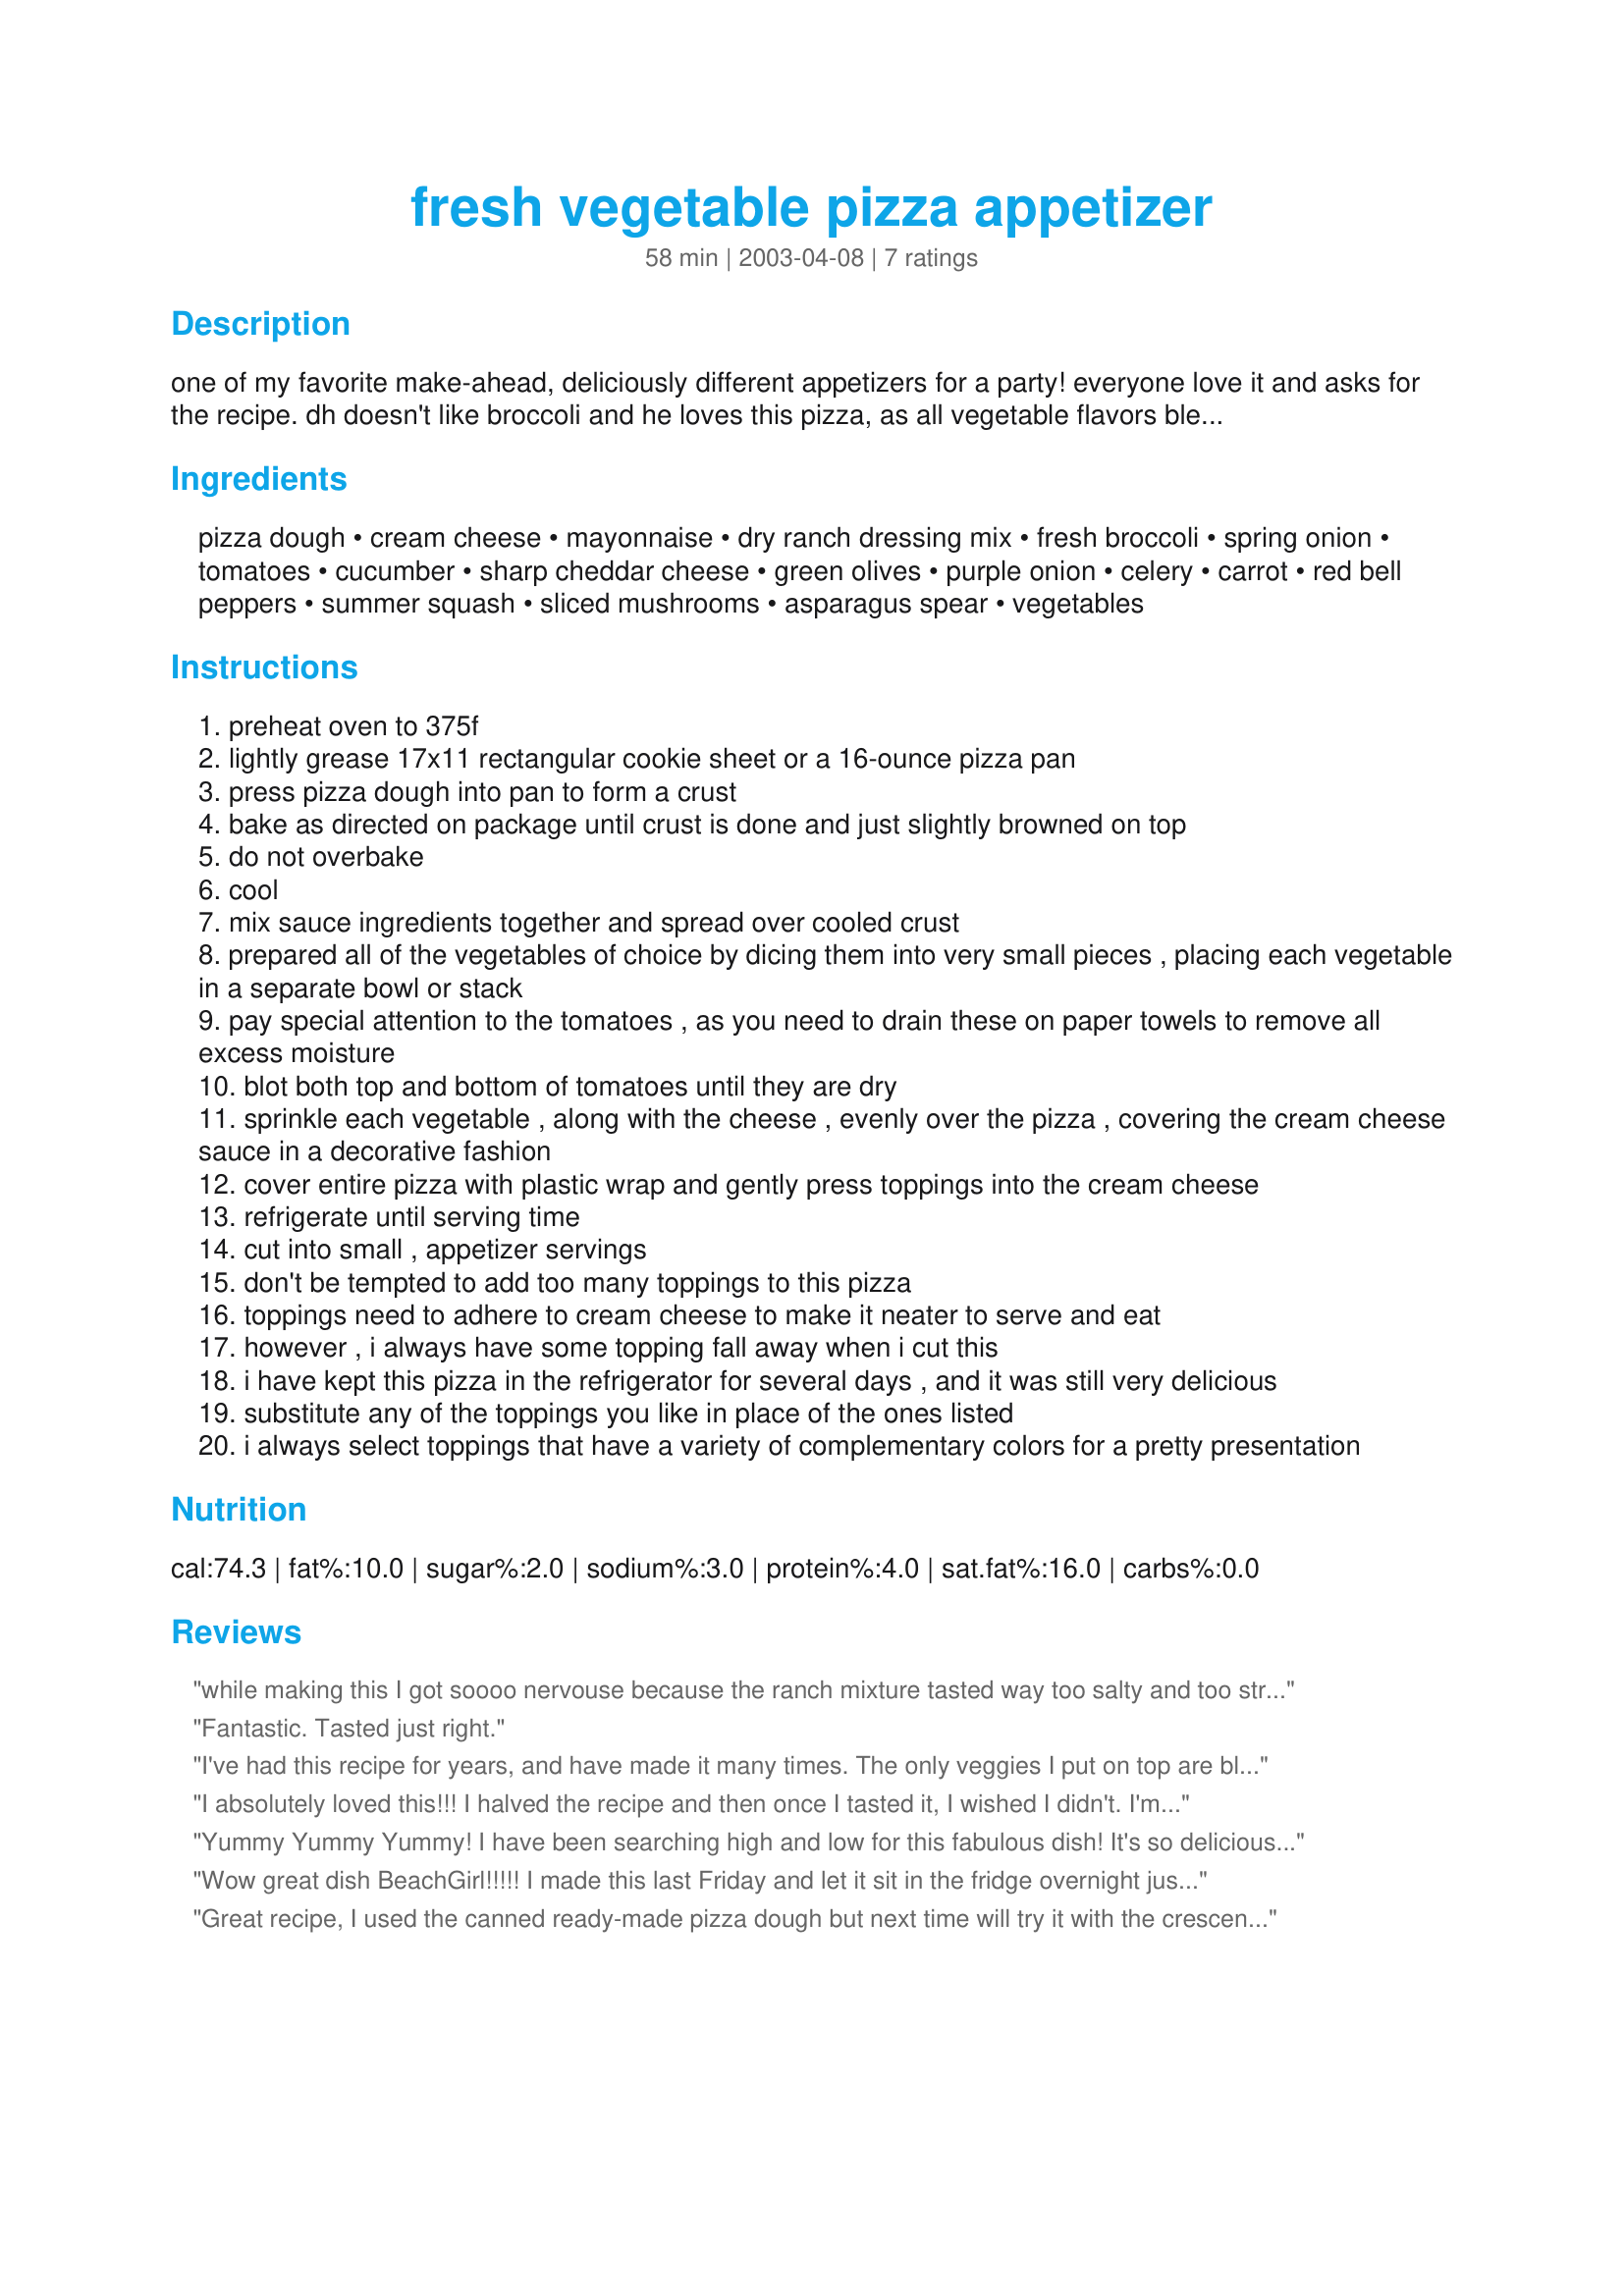
fresh vegetable pizza appetizer
Preparation time: 58 minutes

one of my favorite make-ahead, deliciously different appetizers for a party! everyone love it and asks for the recipe. dh doesn't like broccoli and he loves this pizza, as all vegetable flavors blend after overnight refrigeration. i'd guess it serves about 24+ people with little 1-inch square bites. leftovers, if there are any, can be refrigerated for about 2 days.

Ingredients:
pizza dough, cream cheese, mayonnaise, dry ranch dressing mix, fresh broccoli, spring onion, tomatoes, cucumber, sharp cheddar cheese, green olives, purple onion, celery, carrot, red bell peppers, summer squash, sliced mushrooms, asparagus spear, vegetables

Steps:
preheat oven to 375f
lightly grease 17x11 rectangular cookie sheet or a 16-ounce pizza pan
press pizza dough into pan to form a crust
bake as directed on package until crust is done and just slightly browned on top
do not overbake
cool
mix sauce ingredients together and spread over cooled crust
prepared all of the vegetables of choice by dicing them into very small pieces , placing each vegetable in a separate bowl or stack
pay special attention to the tomatoes , as you need to drain these on paper towels to remove all excess moisture
blot both top and bottom of tomatoes until they are dry
sprinkle each vegetable , along with the cheese , evenly over the pizza , covering the cream cheese sauce in a decorative fashion
cover entire pizza with plastic wrap and gently press toppings into the cream cheese
refrigerate until serving time
cut into small , appetizer servings
don't be tempted to add too many toppings to this pizza
toppings need to adhere to cream cheese to make it neater to serve and eat
however , i always have some topping fall away when i cut this
i have kept this pizza in the refrigerator for several days , and it was still very delicious
substitute any of the toppings you like in place of the ones listed
i always select toppings that have a variety of complementary colors for a pretty presentation

Reviews:
while making this I got soooo nervouse because the ranch mixture tasted way too salty and too strong. After it being in the refrigerator over night it was 100% better, not too salty at all. Everyone enjoyed it and it was actually the first appetizer to go! Thanks Beachgirl, and sorry for forgetting to post this for soo long!
Fantastic. Tasted just right.
I've had this recipe for years, and have made it many times. The only veggies I put on top are blanched, small broccoli florets, finely diced, purple onion, and finely chopped, red and green sweet peppers, occasionally, chopped black olives. I have served it succesfully, after only a couple hours of chilling, and it's still delicious.
I absolutely loved this!!! I halved the recipe and then once I tasted it, I wished I didn't. I'm gonna make more soon and it was really simple to make. I made it in the morning and then we ate it for lunch. I used scallions, cucumber, celery, carrots, tomatoes and broccoli. It was a hit with me, my fiance, and his niece and nephew, all enjoyed. I highly recommend this and will keep the recipe handy. Thanks Beachgirl!!
Yummy Yummy Yummy! I have been searching high and low for this fabulous dish! It's so delicious and fresh! I made this for my baby shower, and it was all gone in mere minutes! Thank you Beachgirl!
Wow great dish BeachGirl!!!!! I made this last Friday and let it sit in the fridge overnight just as you had advised and it was wonderful. Only 1 little square left for me to have while cleaning up from the birthday party. I used fresh broccoli, tomato, cucumber, carrott, & red pepper as my fresh veggies and boy did they blend well!
Great recipe, I used the canned ready-made pizza dough but next time will try it with the crescent dinner rolls. This definitely must sit overnight before serving.
